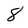
Character: 8